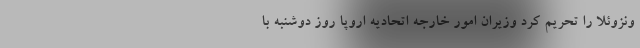
ونزوئلا را تحریم کرد وزیران امور خارجه اتحادیه اروپا روز دوشنبه با